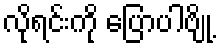
လိုရင်းကို ပြောပါဗျို့